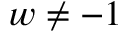
w \neq - 1